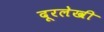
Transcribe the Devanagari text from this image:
दूरलेखी